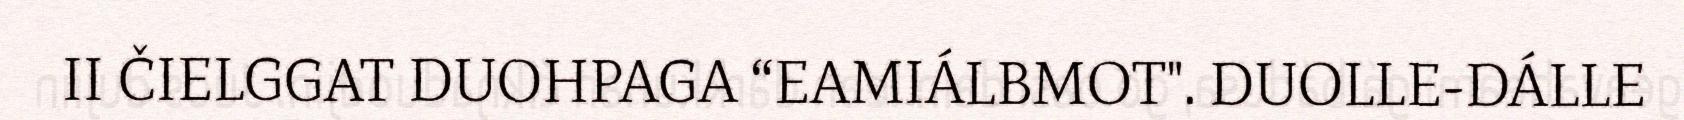
II ČIELGGAT DUOHPAGA “EAMIÁLBMOT". DUOLLE-DÁLLE